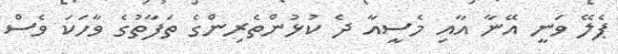
ޕެލޭ ވަނީ އޭނާ އާއި މެސީއާ ދެ ކުޅުންތެރިންގެ ތަފާތުގެ ވާހަކަ ވެސް